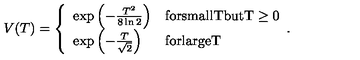
V ( T ) = \left\{ \begin{array} { l l } { \exp \left( - \frac { T ^ { 2 } } { 8 \ln 2 } \right) } & { \mathrm { f o r s m a l l T b u t T \ge 0 } } \\ { \exp \left( - \frac { T } { \sqrt { 2 } } \right) } & { \mathrm { f o r l a r g e T } } \\ \end{array} . \right.